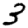
Digit: 3